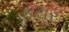
કરાર